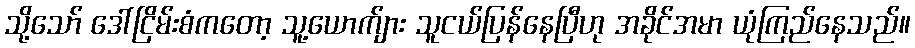
သို့သော် ဒေါ်ငြိမ်းစံကတော့ သူ့ယောက်ျား သူငယ်ပြန်နေပြီဟု အခိုင်အမာ ယုံကြည်နေသည်။